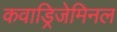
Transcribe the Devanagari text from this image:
कवाड्रिजेमिनल